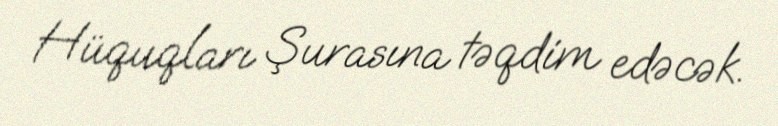
Hüquqları Şurasına təqdim edəcək.